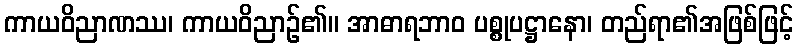
ကာယဝိညာဏဿ၊ ကာယဝိညာဉ်၏။ အာဓာရဘာဝ ပစ္စုပဋ္ဌာနော၊ တည်ရာ၏အဖြစ်ဖြင့်